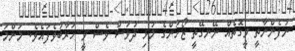
ނުފެންނާތީ ވީގޮތެއް ނޭނގޭތީ ޒޯހަންގެ މުޅި ދުވަސް ވެސް ވީ ހަރާބުވެފައެވެ. މަންމަ